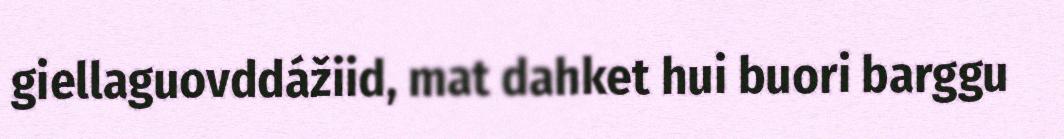
giellaguovddážiid, mat dahket hui buori barggu